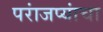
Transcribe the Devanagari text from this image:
परांजप्यांचा